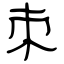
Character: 朿